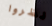
نظروا